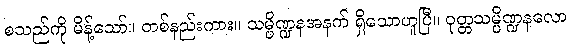
စသည်ကို မိန့်သော်။ တစ်နည်းကား။ သမ္ပိဏ္ဍနအနက် ရှိသောဟူပြီ။ ဝုတ္တသမ္ပိဏ္ဍနလော